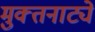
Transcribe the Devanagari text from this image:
मुक्‍तनाट्ये